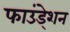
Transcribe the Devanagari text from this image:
फाउंडे्शन